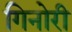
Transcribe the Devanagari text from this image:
गिनोरी